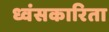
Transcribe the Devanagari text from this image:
ध्वंसकारिता